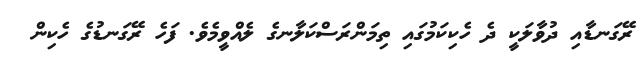
ރޭގަނޑާއި ދުވާލަކީ ދެ ހެކިކަމުގައި ތިމަންރަސްކަލާނގެ ލެއްވީމެވެ. ފަހެ ރޭގަނޑުގެ ހެކިން